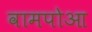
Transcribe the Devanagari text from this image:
वामपोआ